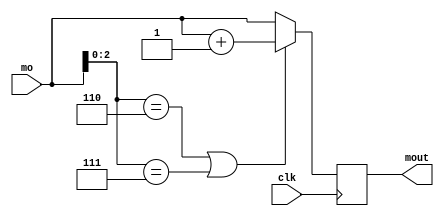
module rounding(
input [26:0]mo,
input clk,
output reg [26:0]mout
);
always @(posedge clk) 
begin
if (mo[2:0]==3'b110 || mo[2:0]==3'b111)begin
	mout = mo + 1'b1;
	end    
else begin
	mout <= mo;
	  end
end

endmodule